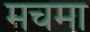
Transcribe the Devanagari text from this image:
मचमा